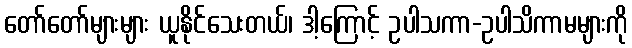
တော်တော်များများ ယူနိုင်သေးတယ်၊ ဒါ့ကြောင့် ဥပါသကာ-ဥပါသိကာမများကို